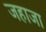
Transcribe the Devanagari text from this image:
जहाजा